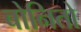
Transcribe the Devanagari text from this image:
बोनितो